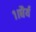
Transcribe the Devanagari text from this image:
१।धैर्य